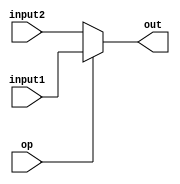
module mux_32(input1, input2, op, out);

	input [31:0] input1;
	input [31:0] input2;
	input op;
	output [31:0] out;
	assign out = op ? input1 : input2;
endmodule